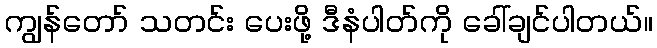
ကျွန်တော် သတင်း ပေးဖို့ ဒီနံပါတ်ကို ခေါ်ချင်ပါတယ်။